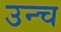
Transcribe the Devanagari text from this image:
उन्च